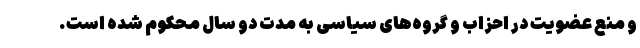
و منع عضویت در احزاب و گروه‌های سیاسی به مدت دو سال محکوم شده است.